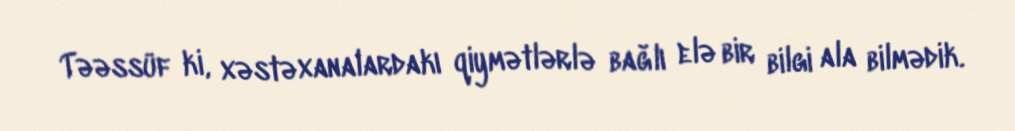
Təəssüf ki, xəstəxanalardakı qiymətlərlə bağlı elə bir bilgi ala bilmədik.